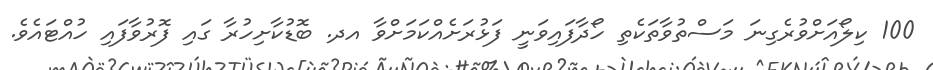
100 ކިލޯއަށްވުރެގިނަ މަސްތުވާތަކެތި ހޯދާފައިވަނީ ފަޅުރަށެއްކަމަށްވާ އދ. ބޮޑުކާށިހުރާ ގައި ފޮރުވާފައި ހުއްޓައެވެ.